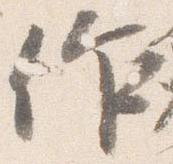
作